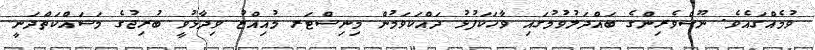
ވުމެއްގައެވެ. ނޫސްވެރިންގެ ބައްދަލުވުމުގައި ވާހަކަފުޅު ދައްކަވަމުން މިނިސްޓަރ މުއިއްޒު ވިދާޅުވީ ބުރިޖުގެ މަސައްކަތްދަނީ